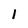
Character: l